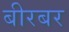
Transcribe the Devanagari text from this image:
बीरबर